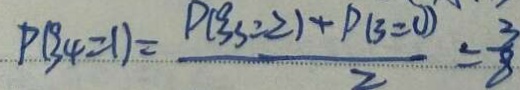
P ( ^ { 0 } 3 4 = 1 ) = \frac { P ( ^ { 0 } 3 3 = 2 ) + P ( 3 = 0 ) } { 2 } = \frac { 3 } { 8 }